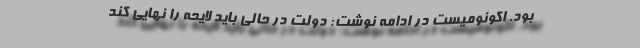
بود. اکونومیست در ادامه نوشت: دولت در حالی باید لایحه را نهایی کند